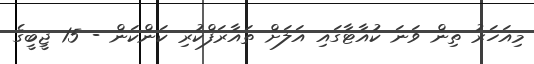
މިއަހަރު ތިން ވަނަ ކުއާޓާގައި އަލަށް ތައާރަފްކުރި ކަންކަން - 15 ޖީބީގެ